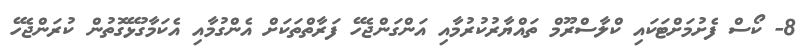
8- ކޯސް ފެށުމަށްޓަކައި ކްލާސްރޫމް ތައްޔާރުކުރުމާއި އަންގަންޖެހޭ ފަރާތްތަކަށް އެންގުމާއި އެކަމާގުޅޭގޮތުން ކުރަންޖެހޭ